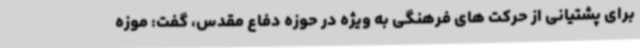
برای پشتیانی از حرکت های فرهنگی به ویژه در حوزه دفاع مقدس، گفت: موزه